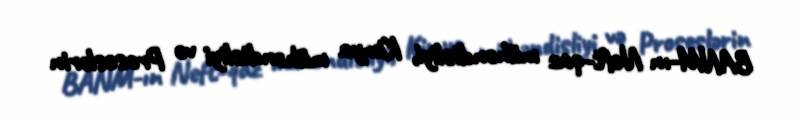
BANM-ın Neft-qaz mühəndisliyi, Kimya mühəndisliyi və Proseslərin